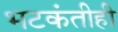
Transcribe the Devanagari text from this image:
भटकंतीही